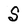
Character: S